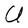
Character: U